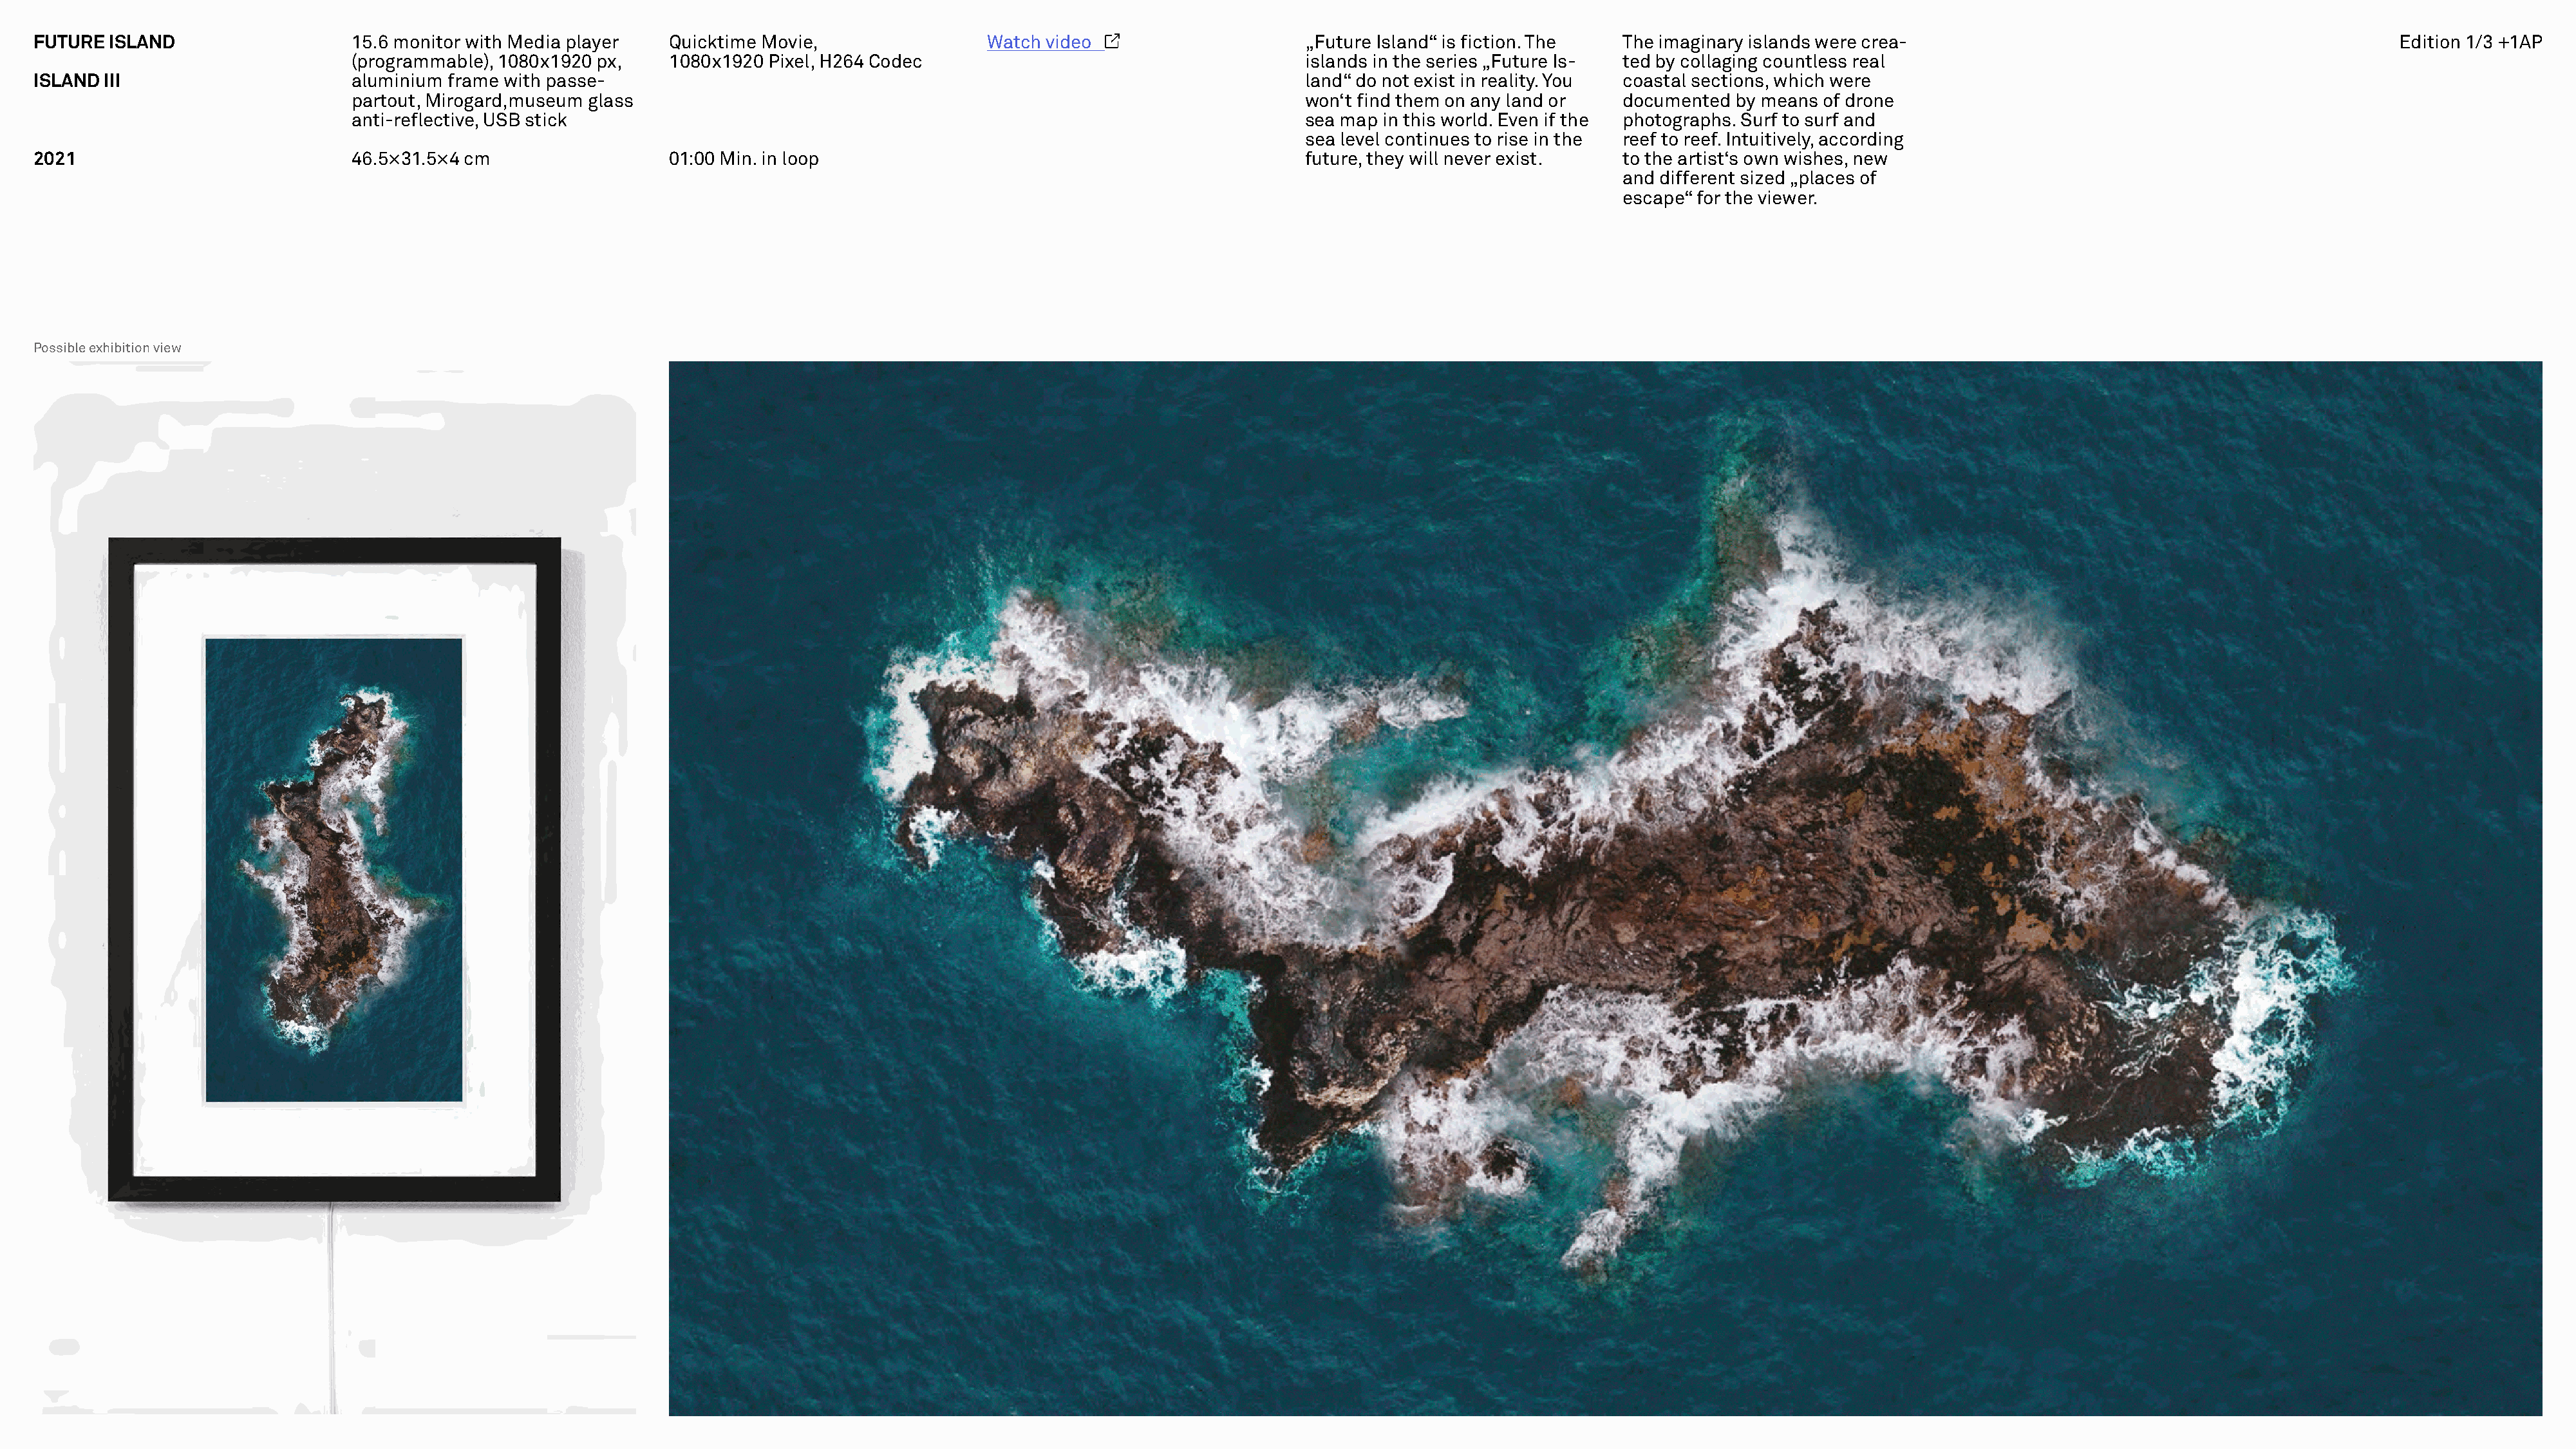
FUTURE  ISLAND                   15.6 monitor with Media player   Quicktime Movie,                Watch video                      „Future Island“ is fiction. The  The imaginary islands were crea-                                                Edition 1/3 +1AP
 (programmable), 1080x1920 px,    1080x1920 Pixel, H264 Codec                                      islands in the series „Future Is- ted by collaging countless real
 ISLAND  III                      aluminium frame with passe-                                                                       land“ do not exist in reality. You coastal sections, which were
 partout, Mirogard,museum glass                                                                    won‘t find them on any land or   documented by means of drone
 anti-reflective, USB stick                                                                        sea map in this world. Even if the photographs. Surf to surf and
 sea level continues to rise in the reef to reef. Intuitively, according
 2021                             46.5×31.5×4 cm                   01:00 Min. in loop                                               future, they will never exist.   to the artist‘s own wishes, new
 and different sized „places of
 escape“ for the viewer.
 Possible exhibition view